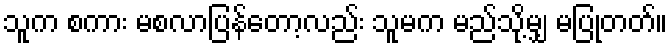
သူက စကား မစလာပြန်တော့လည်း သူမက မည်သို့မျှ မပြုတတ်။